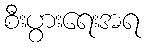
စီးပွားရေးအရ